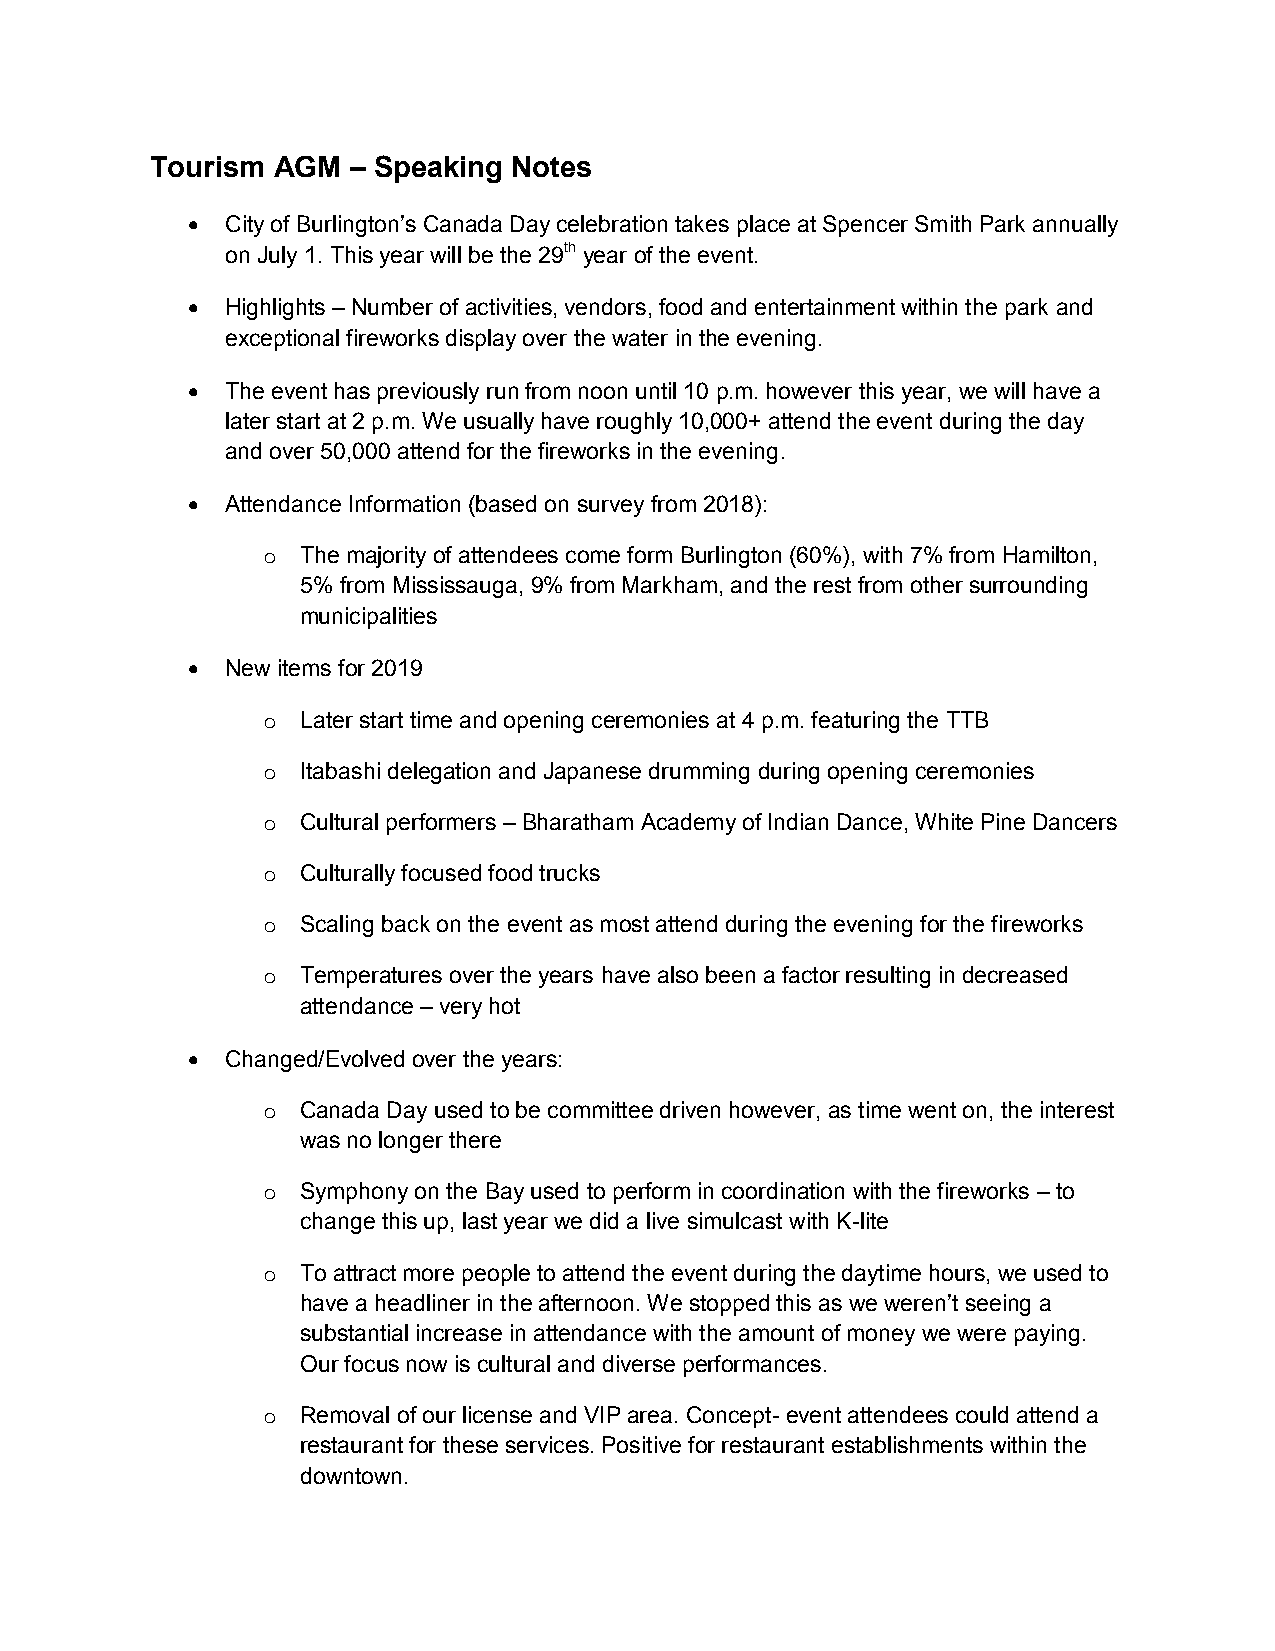
Tourism AGM  – Speaking Notes
   City of Burlington’s Canada Day celebration takes place at Spencer Smith Park annually
 on July 1. This year will be the 29th year of the event.
   Highlights – Number of activities, vendors, food and entertainment within the park and
 exceptional fireworks display over the water in the evening.
   The event has previously run from noon until 10 p.m. however this year, we will have a
 later start at 2 p.m. We usually have roughly 10,000+ attend the event during the day
 and over 50,000 attend for the fireworks in the evening.
   Attendance Information (based on survey from 2018):
 o  The majority of attendees come form Burlington (60%), with 7% from Hamilton,
 5% from Mississauga, 9% from Markham, and the rest from other surrounding
 municipalities
   New items for 2019
 o  Later start time and opening ceremonies at 4 p.m. featuring the TTB
 o  Itabashi delegation and Japanese drumming during opening ceremonies
 o  Cultural performers – Bharatham Academy of Indian Dance, White Pine Dancers
 o  Culturally focused food trucks
 o  Scaling back on the event as most attend during the evening for the fireworks
 o  Temperatures over the years have also been a factor resulting in decreased
 attendance – very hot
   Changed/Evolved over the years:
 o  Canada Day used to be committee driven however, as time went on, the interest
 was no longer there
 o  Symphony on the Bay used to perform in coordination with the fireworks – to
 change this up, last year we did a live simulcast with K-lite
 o  To attract more people to attend the event during the daytime hours, we used to
 have a headliner in the afternoon. We stopped this as we weren’t seeing a
 substantial increase in attendance with the amount of money we were paying.
 Our focus now is cultural and diverse performances.
 o  Removal of our license and VIP area. Concept- event attendees could attend a
 restaurant for these services. Positive for restaurant establishments within the
 downtown.